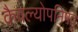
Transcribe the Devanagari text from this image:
कैवल्योपनिषद्